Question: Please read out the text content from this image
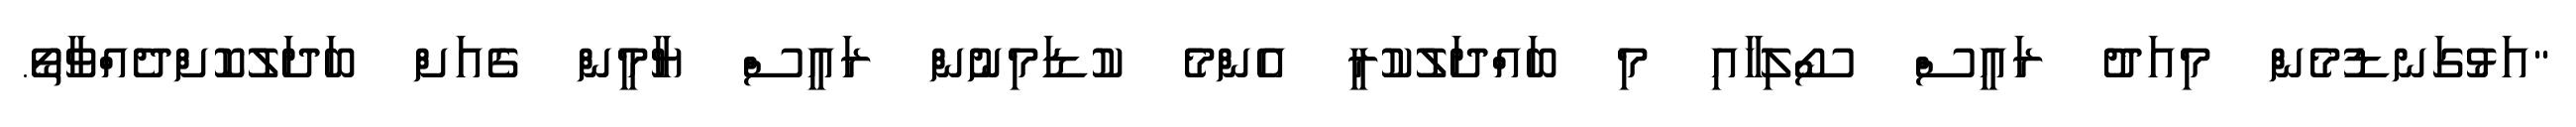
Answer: "އަޅުގަނޑުމެން މިއަދު ރައީސް ސޯލިހާއި މި ބައްދަލުކުރީ އެންމެ ކުޑަމިނުން ރައީސް ޔާމީން ގެއަށް ބަދަލުކޮށްދެއްވާތޯ.